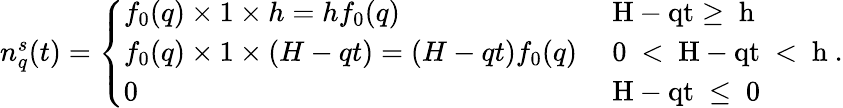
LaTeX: \begin{array}{r}{n_{q}^{s}(t)=\left\{ \begin{array}{ll}{f_{0}(q)\times 1\times h=hf_{0}(q)}&{\mathrm{~H-qt\geq~h~}}\\ {f_{0}(q)\times 1\times(H-qt)=(H-qt)f_{0}(q)}&{\mathrm{~0~<~H-qt~<~h~}}\\ {0}&{\mathrm{~H-qt~\leq~0~}}\end{array}\right..}\end{array}